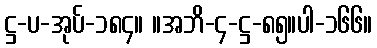
ဋ္ဌ-ပ-အုပ်-၁၈၄။ ။အဘိ-၄-ဋ္ဌ-၈၅။ပါ-၁၆၆။